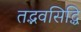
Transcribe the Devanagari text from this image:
तद्भवसिद्धि